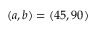
( a , b ) = ( 4 5 , 9 0 )